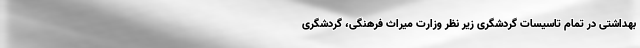
بهداشتی در تمام تاسیسات گردشگری زیر نظر وزارت میراث فرهنگی، گردشگری